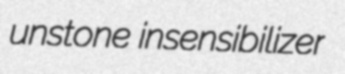
unstone insensibilizer